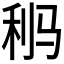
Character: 𩧸